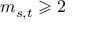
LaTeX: m _ { s , t } \geqslant 2